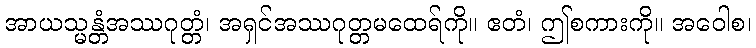
အာယသ္မန္တံအဿဂုတ္တံ၊ အရှင်အဿဂုတ္တမထေရ်ကို။ ဧတံ၊ ဤစကားကို။ အဝေါစ၊